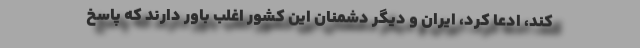
کند، ادعا کرد، ایران و دیگر دشمنان این کشور اغلب باور دارند که پاسخ